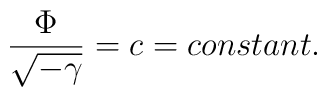
\frac {\Phi}{\sqrt{-\gamma}} = c = constant.